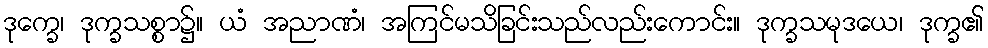
ဒုက္ခေ၊ ဒုက္ခသစ္စာ၌။ ယံ အညာဏံ၊ အကြင်မသိခြင်းသည်လည်းကောင်း။ ဒုက္ခသမုဒယေ၊ ဒုက္ခ၏